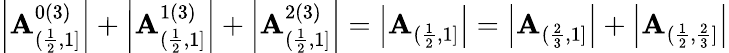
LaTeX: \left|\mathbf{A}_{(\frac{{1}}{{2}},1]}^{0(3)}\right|+\left|\mathbf{A}_{(\frac{{1}}{{2}},1]}^{1(3)}\right|+\left|\mathbf{A}_{(\frac{{1}}{{2}},1]}^{2(3)}\right|=\left|\mathbf{A}_{(\frac{{1}}{{2}},1]}\right|=\left|\mathbf{A}_{(\frac{{2}}{{3}},1]}\right|+\left|\mathbf{A}_{(\frac{{1}}{{2}},\frac{{2}}{{3}}]}\right|